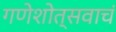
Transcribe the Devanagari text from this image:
गणेशोत्सवाचं